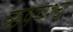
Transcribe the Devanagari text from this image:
ऋषयश्च